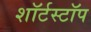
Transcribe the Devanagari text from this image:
शॉर्टस्टॉप